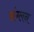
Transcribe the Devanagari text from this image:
संग्लन